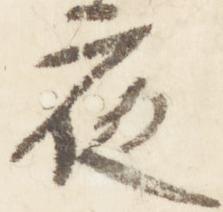
夜